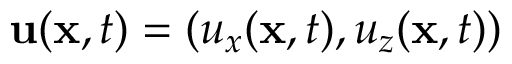
{ \bf u } ( { \bf x } , t ) = ( u _ { x } ( { \bf x } , t ) , u _ { z } ( { \bf x } , t ) )